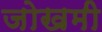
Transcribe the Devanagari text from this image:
जोखमी